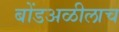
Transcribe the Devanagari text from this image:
बोंडअळीलाच